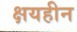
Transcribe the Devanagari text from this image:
क्षयहीन